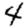
Digit: 4